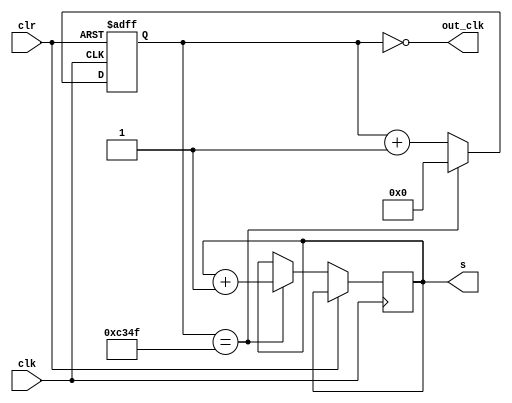
`timescale 1ns / 1ps
//////////////////////////////////////////////////////////////////////////////////
// Company: 
// Engineer: 
// 
// Design Name: 
// Module Name: clock_div
// Project Name: 
// Target Devices: 
// Tool Versions: 
// Description: 
// 
// Dependencies: 
// 
// Revision:
// Revision 0.01 - File Created
// Additional Comments:
// 
//////////////////////////////////////////////////////////////////////////////////


module clock_div(
input wire clk, 
input wire clr,
output wire out_clk,
output reg[1:0] s
    );
parameter MAX_COUNT = 50_000 - 1;
        reg [31:0] counter;
        initial begin
        counter <= 0;
        s <= 2'b00;
        end
        always @ (posedge clk or posedge clr)
        begin
        if (clr == 1)
        counter <= 0;
        else if (counter == MAX_COUNT) begin
            counter <= 0;
            s <= s + 1;
        end
        else
        counter <= counter + 1;
        
        end
        assign out_clk = counter == 0;
endmodule



module clock_div_n #(
parameter MAX_COUNT = 15 - 1
)(
input wire clk, 
input wire clr,
output wire out_clk,
output reg wlk
    );

        reg [31:0] counter;
        initial begin
        counter <= 0;
        end
        always @ (posedge clk or posedge clr)
        begin
        if (clr == 1)
        counter <= 0;
        else if (counter == MAX_COUNT) begin
            counter <= 0;
            wlk <= ~wlk;
        end
        else
        counter <= counter + 1;
        
        end
        assign out_clk = counter == 0;
endmodule